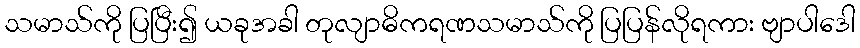
သမာသ်ကို ပြပြီး၍ ယခုအခါ တုလျာဓိကရဏသမာသ်ကို ပြပြန်လိုရကား ဗျာပါဒေါ